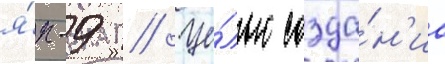
я́к-9 // Це́лью созда́н'иа